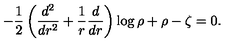
- \frac 1 2 \left( \frac { d ^ { 2 } } { d r ^ { 2 } } + \frac 1 r \frac d { d r } \right) \log \rho + \rho - \zeta = 0 .